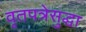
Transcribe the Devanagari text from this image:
वृतपत्रेसुद्धा